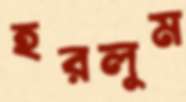
হরলুম